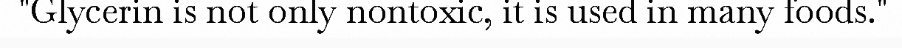
"Glycerin is not only nontoxic, it is used in many foods."